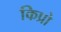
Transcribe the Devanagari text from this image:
किप्रो